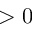
> 0